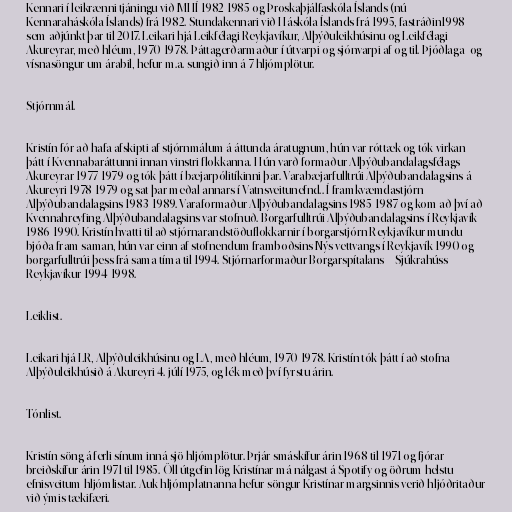
Kennari í leikrænni tjáningu við MHÍ 1982-1985 og Þroskaþjálfaskóla Íslands (nú
Kennaraháskóla Íslands) frá 1982. Stundakennari við Háskóla Íslands frá 1995, fastráðin1998
sem aðjúnkt þar til 2017. Leikari hjá Leikfélagi Reykjavíkur, Alþýðuleikhúsinu og Leikfélagi
Akureyrar, með hléum, 1970-1978. Þáttagerðarmaður í útvarpi og sjónvarpi af og til. Þjóðlaga- og
vísnasöngur um árabil, hefur m.a. sungið inn á 7 hljómplötur.

Stjórnmál.

Kristín fór að hafa afskipti af stjórnmálum á áttunda áratugnum, hún var róttæk og tók virkan
þátt í Kvennabaráttunni innan vinstri flokkanna. Hún varð formaður Alþýðubandalagsfélags
Akureyrar 1977-1979 og tók þátt í bæjarpólitíkinni þar. Varabæjarfulltrúi Alþýðubandalagsins á
Akureyri 1978-1979 og sat þar meðal annars í Vatnsveitunefnd.. Í framkvæmdastjórn
Alþýðubandalagsins 1983-1989. Varaformaður Alþýðubandalagsins 1985-1987 og kom að því að
Kvennahreyfing Alþýðubandalagsins var stofnuð. Borgarfulltrúi Alþýðubandalagsins í Reykjavík
1986-1990. Kristín hvatti til að stjórnarandstöðuflokkarnir í borgarstjórn Reykjavíkur mundu
bjóða fram saman, hún var einn af stofnendum framboðsins Nýs vettvangs í Reykjavík 1990 og
borgarfulltrúi þess frá sama tíma til 1994. Stjórnarformaður Borgarspítalans – Sjúkrahúss
Reykjavíkur 1994-1998.

Leiklist.

Leikari hjá LR, Alþýðuleikhúsinu og LA, með hléum, 1970-1978. Kristín tók þátt í að stofna
Alþýðuleikhúsið á Akureyri 4. júlí 1975, og lék með því fyrstu árin.

Tónlist.

Kristín söng á ferli sínum inná sjö hljómplötur. Þrjár smáskífur árin 1968 til 1971 og fjórar
breiðskífur árin 1971 til 1985. Öll útgefin lög Kristínar má nálgast á Spotify og öðrum helstu
efnisveitum hljómlistar. Auk hljómplatnanna hefur söngur Kristínar margsinnis verið hljóðritaður
við ýmis tækifæri.